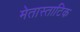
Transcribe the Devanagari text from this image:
मेतास्ताटिक